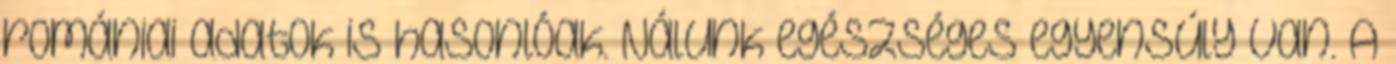
romániai adatok is hasonlóak. Nálunk egészséges egyensúly van. A